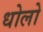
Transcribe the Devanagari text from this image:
धोलो